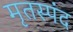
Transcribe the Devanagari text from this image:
मृतस्पंद